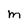
Character: M